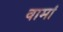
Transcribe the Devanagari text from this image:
वामां